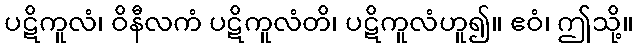
ပဋိကူလံ၊ ဝိနီလကံ ပဋိကူလံတိ၊ ပဋိကူလံဟူ၍။ ဧဝံ၊ ဤသို့။